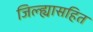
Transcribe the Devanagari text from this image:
जिल्ह्यासहित